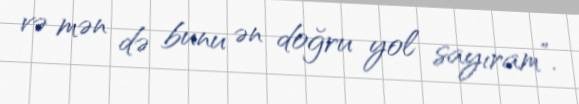
və mən də bunu ən doğru yol sayıram”.